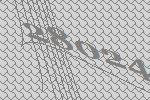
28024